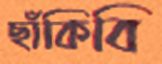
ছাঁকিবি